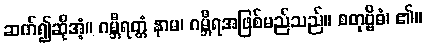
ဆက်၍ဆိုအံ့။ ဂမ္ဘီရတ္တံ နာမ၊ ဂမ္ဘီရအဖြစ်မည်သည်။ စတုဗ္ဗိဓံ၊ ၏။